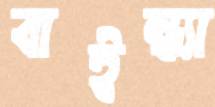
বাইন্ধ্যা